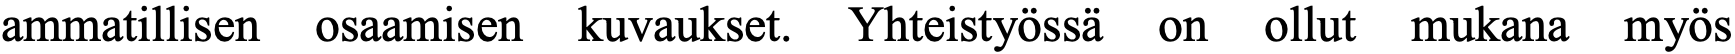
ammatillisen osaamisen kuvaukset. Yhteistyössä on ollut mukana myös